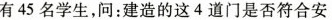
有45名学生，问：建造的这4道门是否符合安